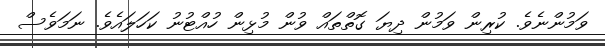
ވަމުންނެވެ. ކުރިން ވަމުން ދިޔަ ގޮތްތައް ވުން މުޅިން ހުއްޓުނު ކަހަލައެވެ. ނަމަވެސް